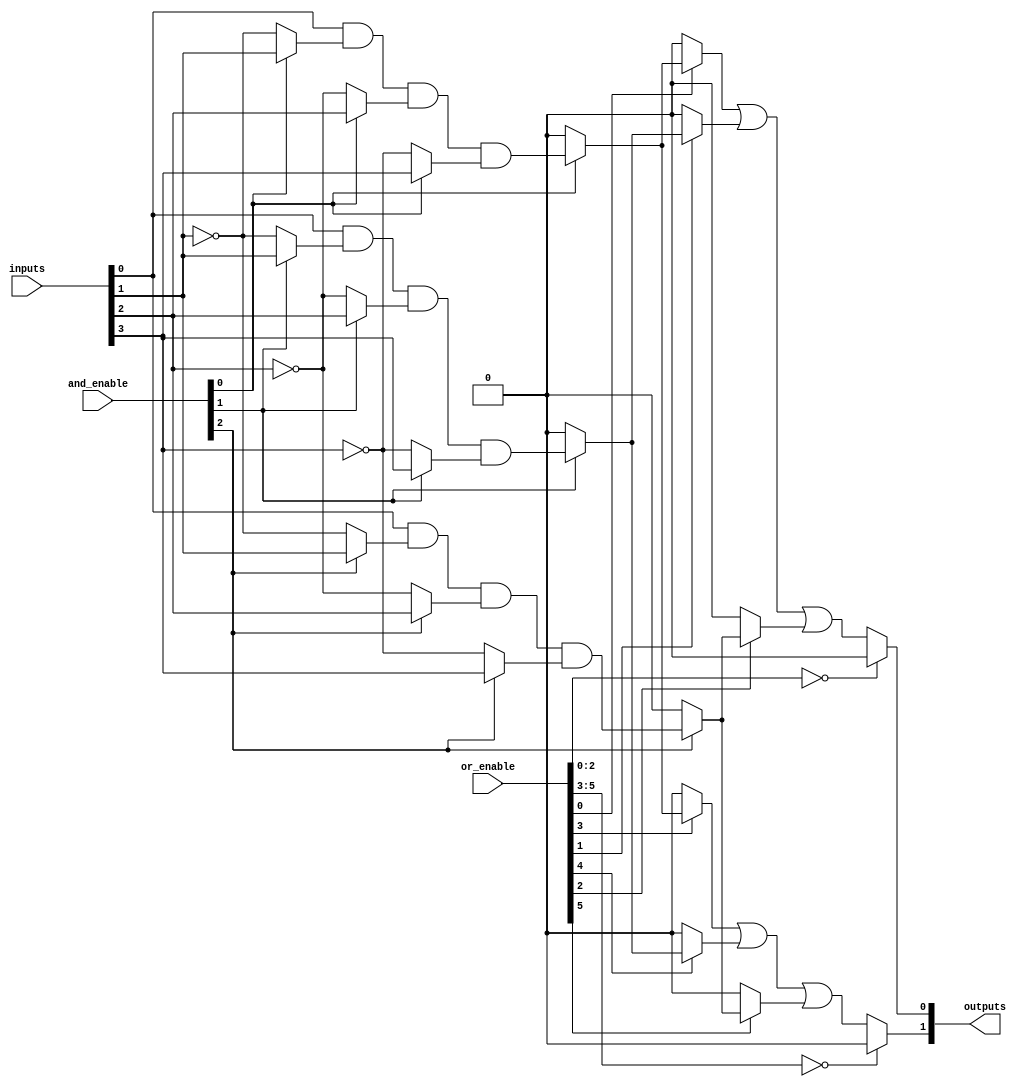
module PLA #(parameter N = 4, // Number of inputs
             parameter M = 2, // Number of outputs
             parameter P = 3  // Number of product terms
            ) (
    input  wire [N-1:0] inputs,        // Input signals
    input  wire [P-1:0] and_enable,     // Enables for AND gates
    input  wire [M*P-1:0] or_enable,    // Enables for OR gates
    output wire [M-1:0] outputs         // Output signals
);

// Internal signals for AND plane outputs
wire [P-1:0] and_out;

// AND plane: Generate product terms
genvar i, j;
generate
    for (i = 0; i < P; i = i + 1) begin : and_plane
        // Each AND gate can take inputs and their complements based on the enable signals
        assign and_out[i] = (and_enable[i] == 1'b1) ? 
                             (inputs[0] & (and_enable[i] ? inputs[1] : ~inputs[1]) &
                              (and_enable[i] ? inputs[2] : ~inputs[2]) &
                              (and_enable[i] ? inputs[3] : ~inputs[3])) : 1'b0;
    end
endgenerate

// OR plane: Combine product terms to generate outputs
generate
    for (j = 0; j < M; j = j + 1) begin : or_plane
        assign outputs[j] = or_enable[j*P +: P] == 0 ? 1'b0 : 
                            ( (or_enable[j*P]   ? and_out[0] : 1'b0) |
                              (or_enable[j*P+1] ? and_out[1] : 1'b0) |
                              (or_enable[j*P+2] ? and_out[2] : 1'b0) );
    end
endgenerate

endmodule